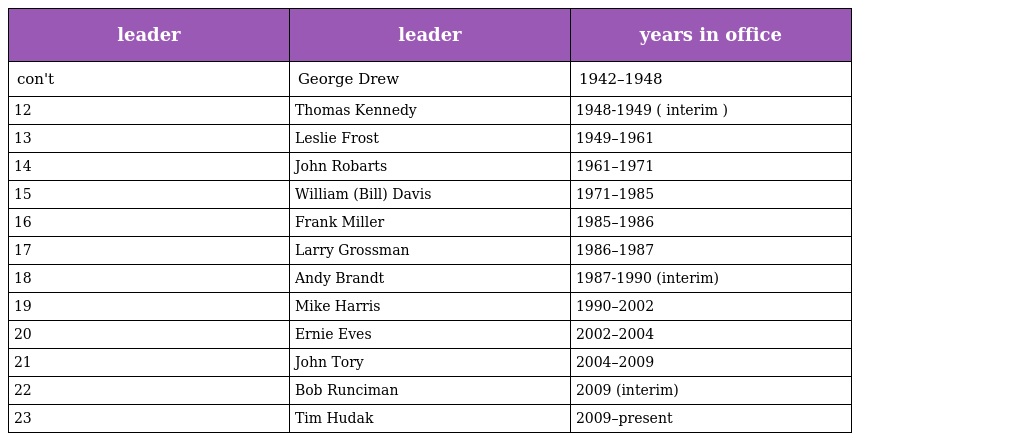
| leader | leader | years in office |
 | --- | --- | --- |
 | con't | George Drew | 1942–1948 |
 | 12 | Thomas Kennedy | 1948-1949 ( interim ) |
 | 13 | Leslie Frost | 1949–1961 |
 | 14 | John Robarts | 1961–1971 |
 | 15 | William (Bill) Davis | 1971–1985 |
 | 16 | Frank Miller | 1985–1986 |
 | 17 | Larry Grossman | 1986–1987 |
 | 18 | Andy Brandt | 1987-1990 (interim) |
 | 19 | Mike Harris | 1990–2002 |
 | 20 | Ernie Eves | 2002–2004 |
 | 21 | John Tory | 2004–2009 |
 | 22 | Bob Runciman | 2009 (interim) |
 | 23 | Tim Hudak | 2009–present |